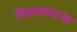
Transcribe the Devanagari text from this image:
मिळवण्याऱ्या